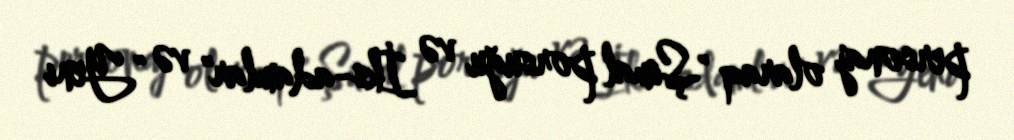
personaj olaraq "Şimal porsuğu və İks-adamlar" və "Yeni